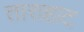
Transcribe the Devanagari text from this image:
ताराहाट